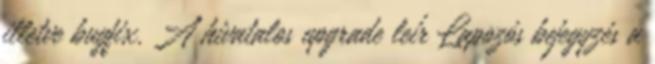
illetve bugfix. A hivatalos upgrade leír Lapozós bejegyzés a